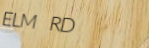
ELM RD